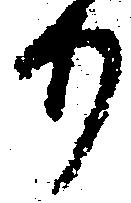
り